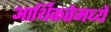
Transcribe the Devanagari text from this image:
आर्थिकतेमध्ये